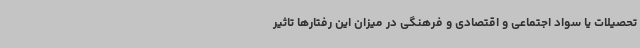
تحصیلات یا سواد اجتماعی و اقتصادی و فرهنگی در میزان این رفتارها تاثیر